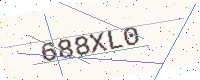
Text: 688XL0